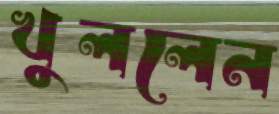
খুললেন